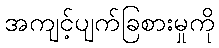
အကျင့်ပျက်ခြစားမှုကို